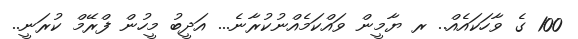
100 ގެ ވާހަކައެއް.. ރ ޔާމީން ވައްކަމެއްނުކުރާނެ... އަދީބު މީހުން ފްރޭމް ކުރަނީ..